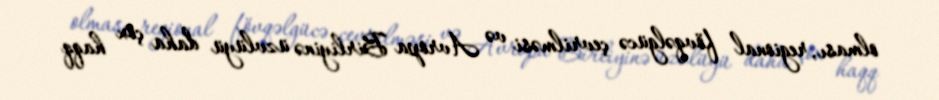
olması, regional fövqəlgücə çevrilməsi və Avropa Birliyinə üzvlüyü daha çox haqq